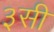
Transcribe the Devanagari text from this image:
३सी